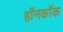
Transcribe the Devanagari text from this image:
हॉनकॉक